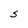
Character: S